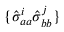
\{ \hat { \sigma } _ { a a } ^ { i } \hat { \sigma } _ { b b } ^ { j } \}